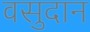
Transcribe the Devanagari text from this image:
वसुदान